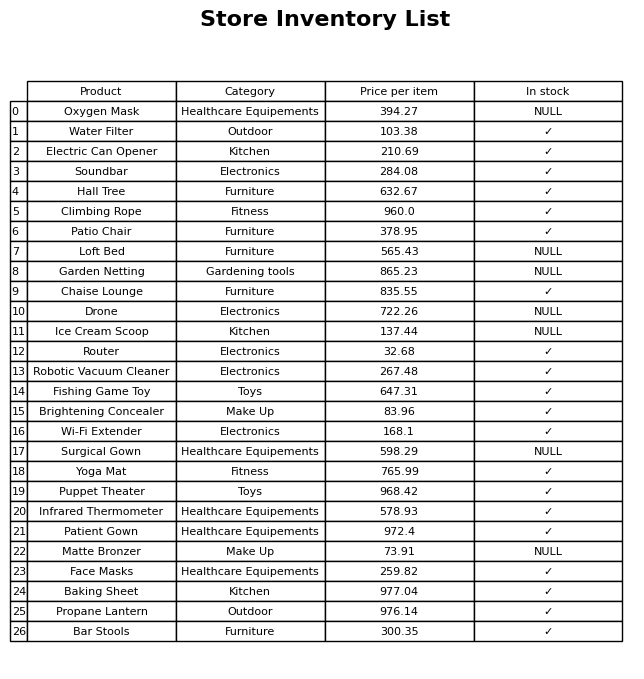
question: Is the Puppet Theater in stock?
answer: ✓